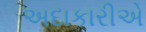
અદાકારીએ